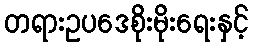
တရားဥပဒေစိုးမိုးရေးနှင့်